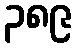
၃၈၉